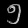
Digit: ၅